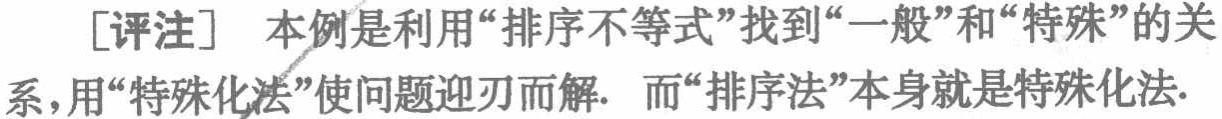
[评注] 本例是利用“排序不等式”找到“一般”和“特殊”的关系，用“特殊化法”使问题迎刃而解. 而“排序法”本身就是特殊化法.